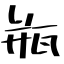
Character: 瓶